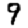
Digit: 9